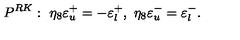
P ^ { R K } : \ \eta _ { 8 } \varepsilon _ { u } ^ { + } = - \varepsilon _ { l } ^ { + } , \ \eta _ { 8 } \varepsilon _ { u } ^ { - } = \varepsilon _ { l } ^ { - } .